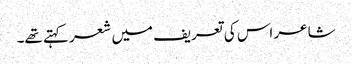
شاعر اس کی تعریف میں شعر کہتے تھے۔